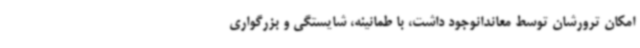
امکان ترورشان توسط معاندانوجود داشت، با طمانینه، شایستگی و بزرگواری